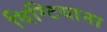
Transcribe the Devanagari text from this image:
विग्टियाना